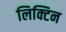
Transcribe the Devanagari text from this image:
लिक्टिन